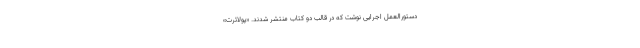
دستورالعمل اجرایی نوشت که در قالب دو کتاب منتشر شدند. «پولائرت»‌